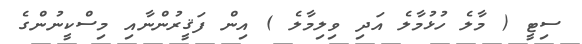
ސިޓީ ( މާލެ ހުޅުމާލެ އަދި ވިލިމާލެ ) އިން ފަޤީރުންނާއި މިސްކީނުންގެ